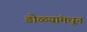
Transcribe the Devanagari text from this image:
डोळ्यांमधून